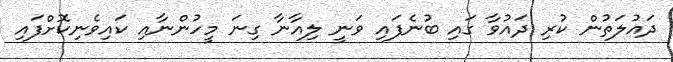
ދައުލަތުން ކުރި ދައުވާ ގައި ބުނެފައި ވަނީ ލިއާނާ ގިނަ މީހުންނާއި ކައިވެނިކޮށްފައި